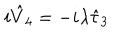
LaTeX: i \hat { V } _ { 4 } = - i \lambda \hat { \tau } _ { 3 }